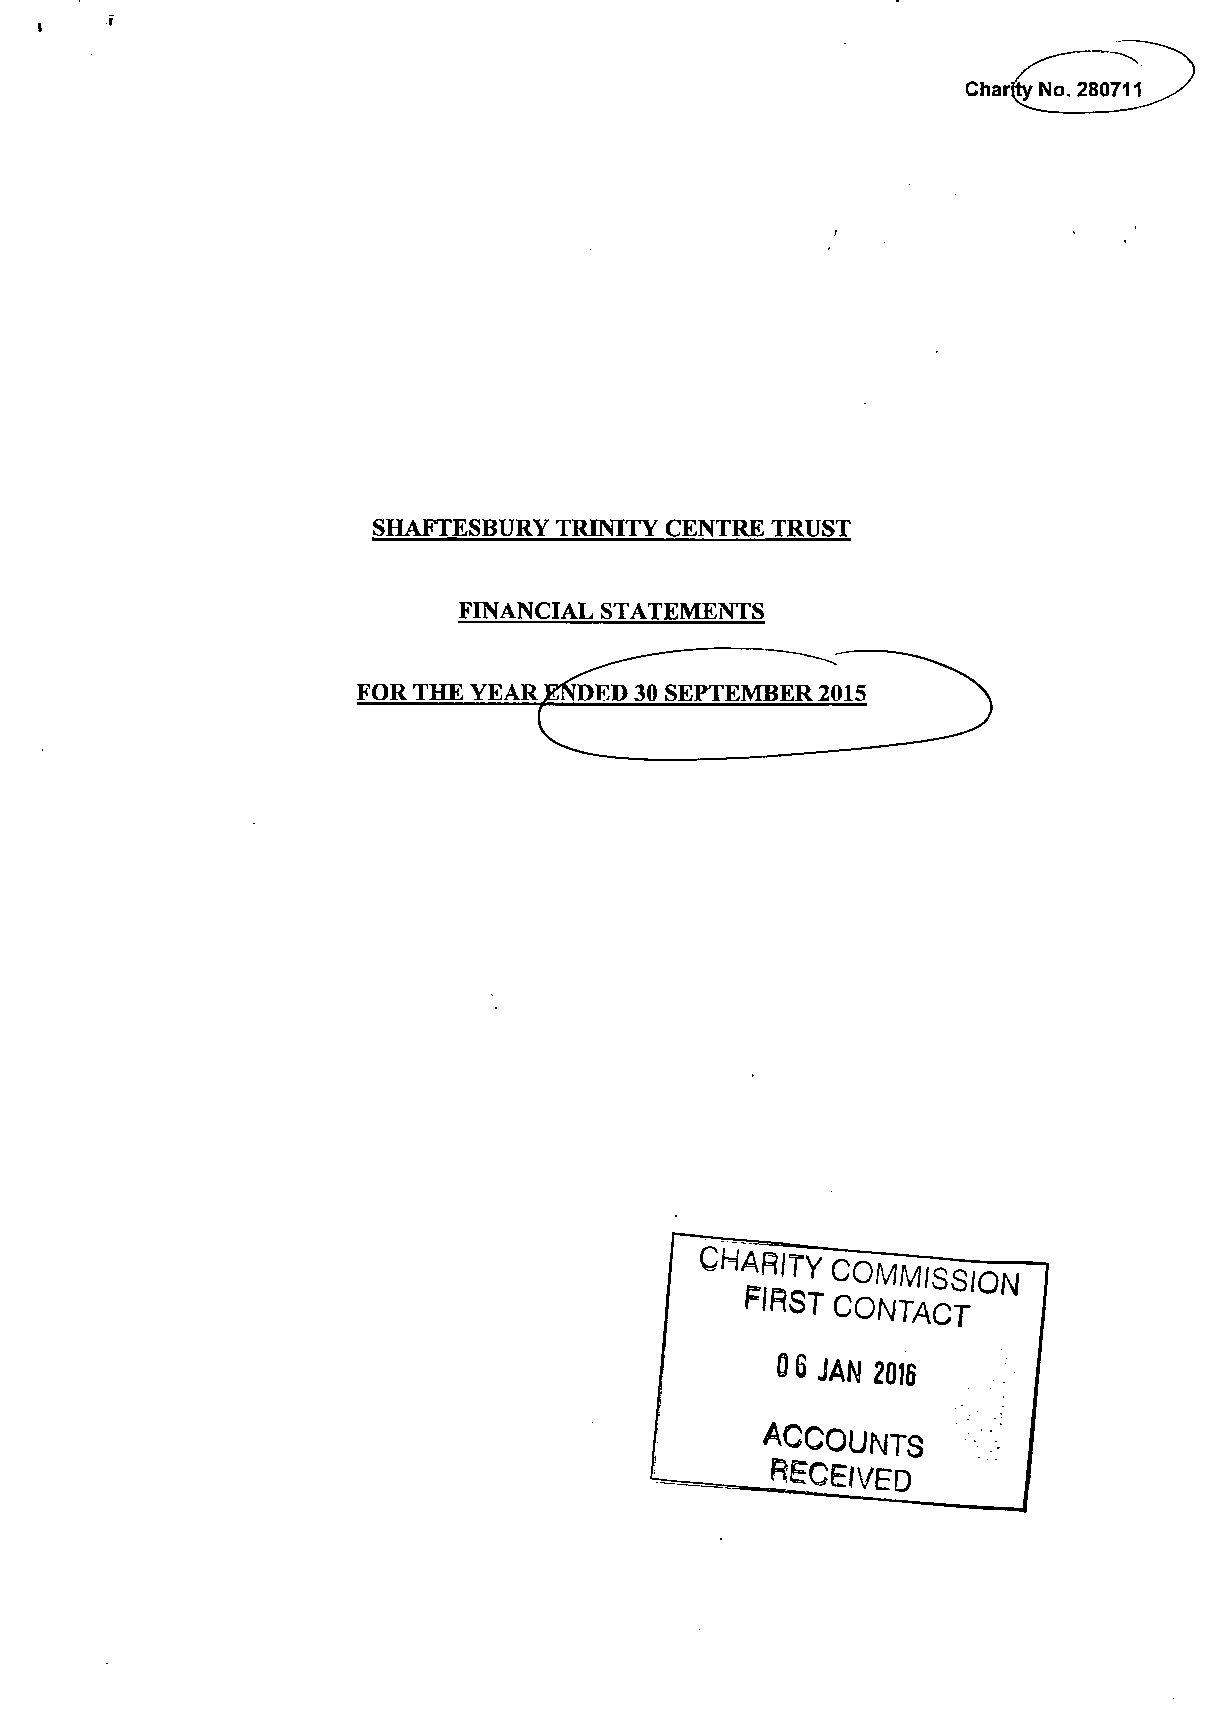
SHAFTESBURY TRINITY CENTRE TRUST
 FINANCIAL STATEMENTS
 FOR THE YEAR